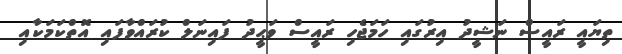
ތިޔައީ ރައީސް ނަޝީދު އިރުގައި ހަމަޖެހި ރައީސް ވަޙީދު ފައިނަލް ކުރައްވާފައި އޮތްކަމަކާއި